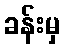
ခန်းမှ